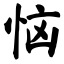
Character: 恼